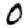
Digit: 0